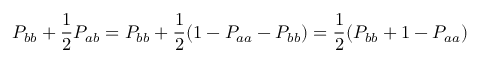
P _ { b b } + \frac { 1 } { 2 } P _ { a b } = P _ { b b } + \frac { 1 } { 2 } ( 1 - P _ { a a } - P _ { b b } ) = \frac { 1 } { 2 } ( P _ { b b } + 1 - P _ { a a } )